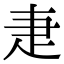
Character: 疌